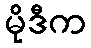
မိုဒီက